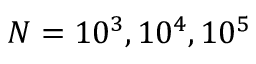
N = 1 0 ^ { 3 } , 1 0 ^ { 4 } , 1 0 ^ { 5 }